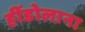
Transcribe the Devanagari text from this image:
हींडोलाना